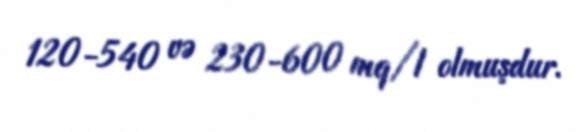
120-540 və 230-600 mq/l olmuşdur.